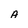
Character: A